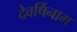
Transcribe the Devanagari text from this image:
देवर्षिनाम